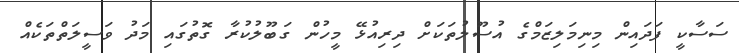
ސަސާކީ ފަދައިން މިނިމަލިޒަމްގެ އުސޫލުތަކަށް ދިރިއުޅޭ މީހުން ގަބޫލުކުރާ ގޮތުގައި މަދު ވަސީލަތްތަކެއް